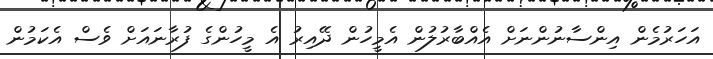
އަހަރުމެން އިންސާނުންނަށް އެއްބާރުލުން އެމީހުން ދޭއިރު އެ މީހުންގެ ފުރާނައަށް ވެސް އެކަމުން